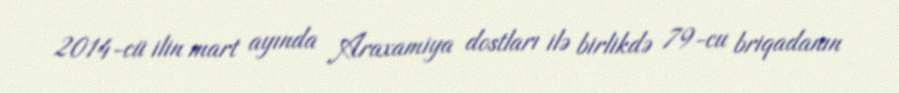
2014-cü ilin mart ayında Araxamiya dostları ilə birlikdə 79-cu briqadanın